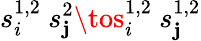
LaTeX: s_{i}^{1,2}\ s_{\mathbf{j}}^{2}\tos_{i}^{1,2}\ s_{\mathbf{j}}^{1,2}